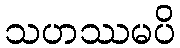
သဟဿမပိ